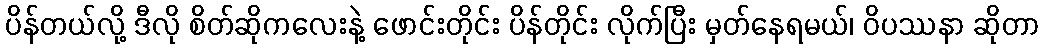
ပိန်တယ်လို့ ဒီလို စိတ်ဆိုကလေးနဲ့ ဖောင်းတိုင်း ပိန်တိုင်း လိုက်ပြီး မှတ်နေရမယ်၊ ဝိပဿနာ ဆိုတာ